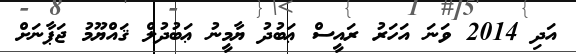
އަދި 2014 ވަނަ އަހަރު ރައީސް ޢަބުދު ޔާމީނު ޢަބުދުލް ޤައްޔޫމު ޖަޕާނަށް